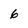
Character: 6